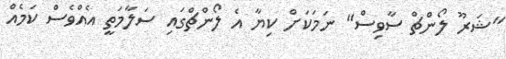
"ޝަރޫ ލޯންޗް ސާވިސް" ނަމަކަށް ކިޔާ އެ ލޯންޗްގައި ސަލާމަތީ އެއްވެސް ކަމެއް